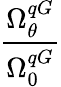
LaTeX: \frac{\Omega_{\theta}^{qG}}{\Omega_{0}^{qG}}